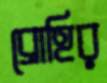
ব্রোহির